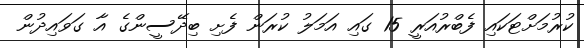
ކުރުމަށްޓަކައި ފެބްރުއަރީ 15 ގައި އަމަލު ކުރަން ފެށި ބިދޭސީންގެ އާ ގަވައިދުން